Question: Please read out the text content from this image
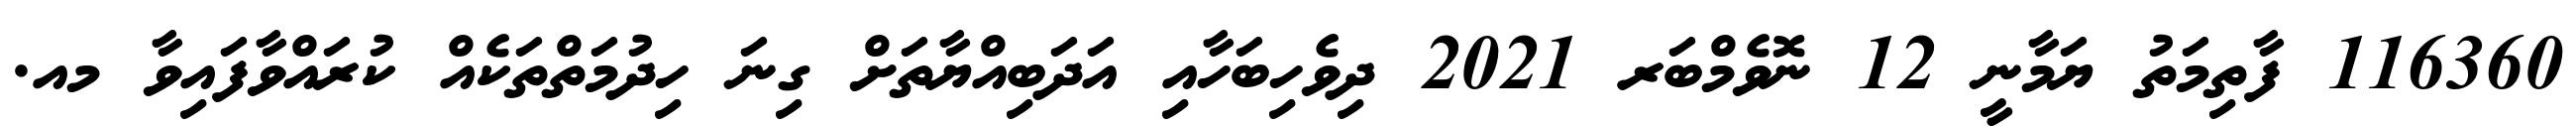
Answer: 116360 ފާތިމަތު ޔަމާނީ 12 ނޮވެމްބަރ 2021 ދިވެހިބަހާއި އަދަބިއްޔާތަށް ގިނަ ހިދުމަތްތަކެއް ކުރައްވާފައިވާ މއ.